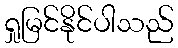
ရှုမြင်နိုင်ပါသည်